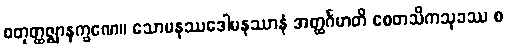
စတုတ္ထဇ္ဈာနက္ခဏေ။ သောမနဿဒေါမနဿာနံ အတ္ထင်္ဂမာတိ စေတသိကသုခဿ စ